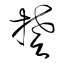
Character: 楚